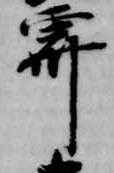
霽